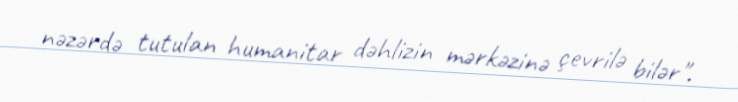
nəzərdə tutulan humanitar dəhlizin mərkəzinə çevrilə bilər".